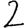
Digit: 2